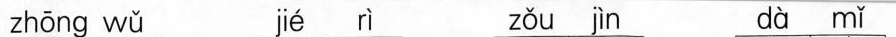
zhōng wǔ jié rì zǒu jìn dà mǐ